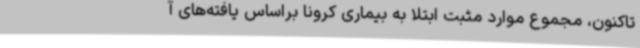
تاکنون، مجموع موارد مثبت ابتلا به بیماری کرونا براساس یافته‌های آ